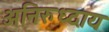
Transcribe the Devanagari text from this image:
अनिरुध्दाय